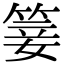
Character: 䈉